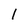
Character: 1